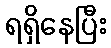
ရရှိနေပြီး